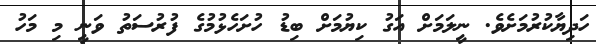
ހަދިޔާކުރުމަށެވެ. ނީލަމަށް އަގު ކިޔުމަށް ބިޑު ހުށަހެޅުމުގެ ފުރުސަތު ވަނީ މި މަހު